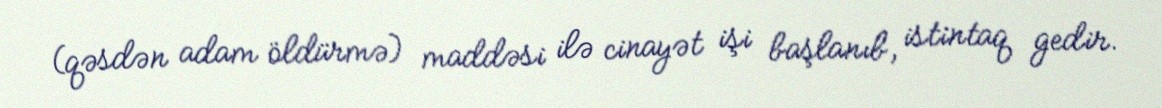
(qəsdən adam öldürmə) maddəsi ilə cinayət işi başlanıb, istintaq gedir.